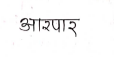
मजकूर: आरपार